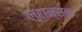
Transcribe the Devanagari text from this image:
लुहान्सक